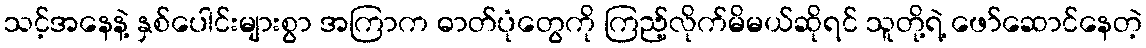
သင့်အနေနဲ့ နှစ်ပေါင်းများစွာ အကြာက ဓာတ်ပုံတွေကို ကြည့်လိုက်မိမယ်ဆိုရင် သူတို့ရဲ့ ဖော်ဆောင်နေတဲ့